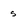
Character: s